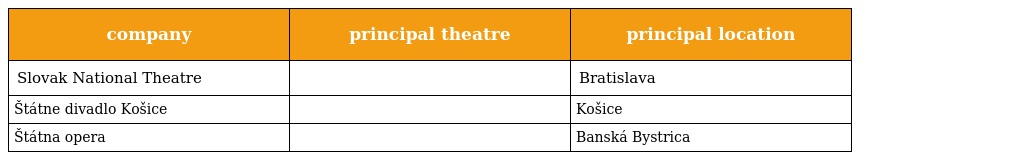
| company | principal theatre | principal location |
 | --- | --- | --- |
 | Slovak National Theatre |  | Bratislava |
 | Štátne divadlo Košice |  | Košice |
 | Štátna opera |  | Banská Bystrica |